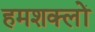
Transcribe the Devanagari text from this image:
हमशक्लों